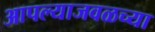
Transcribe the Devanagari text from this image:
आपल्याजवळच्या